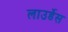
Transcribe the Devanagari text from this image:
लाउर्डेस